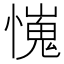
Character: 𢢯